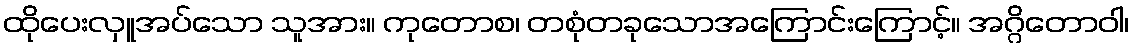
ထိုပေးလှူအပ်သော သူအား။ ကုတောစ၊ တစုံတခုသောအကြောင်းကြောင့်။ အဂ္ဂိတောဝါ၊